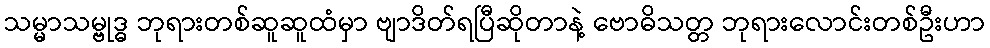
သမ္မာသမ္ဗုဒ္ဓ ဘုရားတစ်ဆူဆူထံမှာ ဗျာဒိတ်ရပြီဆိုတာနဲ့ ဗောဓိသတ္တ ဘုရားလောင်းတစ်ဦးဟာ